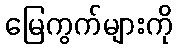
မြေကွက်များကို